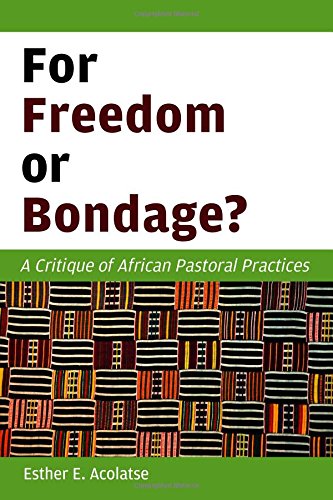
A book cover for For Freedom or Bondage?: A Critique of African Pastoral Practices; Esther E. Acolatse; Christian Books & Bibles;